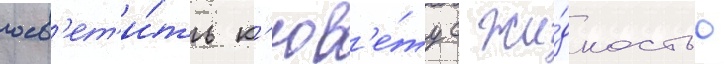
осв'ет'и́ть к'юв'е́ту с жи́дкостью